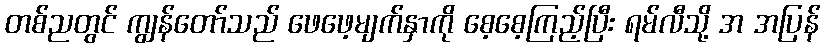
တစ်ညတွင် ကျွန်တော်သည် ဖေဖေ့မျက်နှာကို စေ့စေ့ကြည့်ပြီး ရမ်လီသို့ အ အပြန်